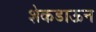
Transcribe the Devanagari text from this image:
शेकडाऊन